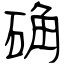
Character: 确